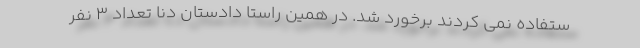
ستفاده نمی کردند برخورد شد. در همین راستا دادستان دنا تعداد 3 نفر